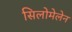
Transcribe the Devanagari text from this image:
सिलोमेलेन